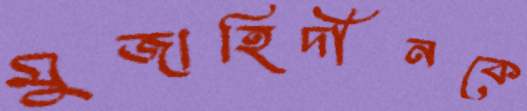
মুজাহিদীনকে